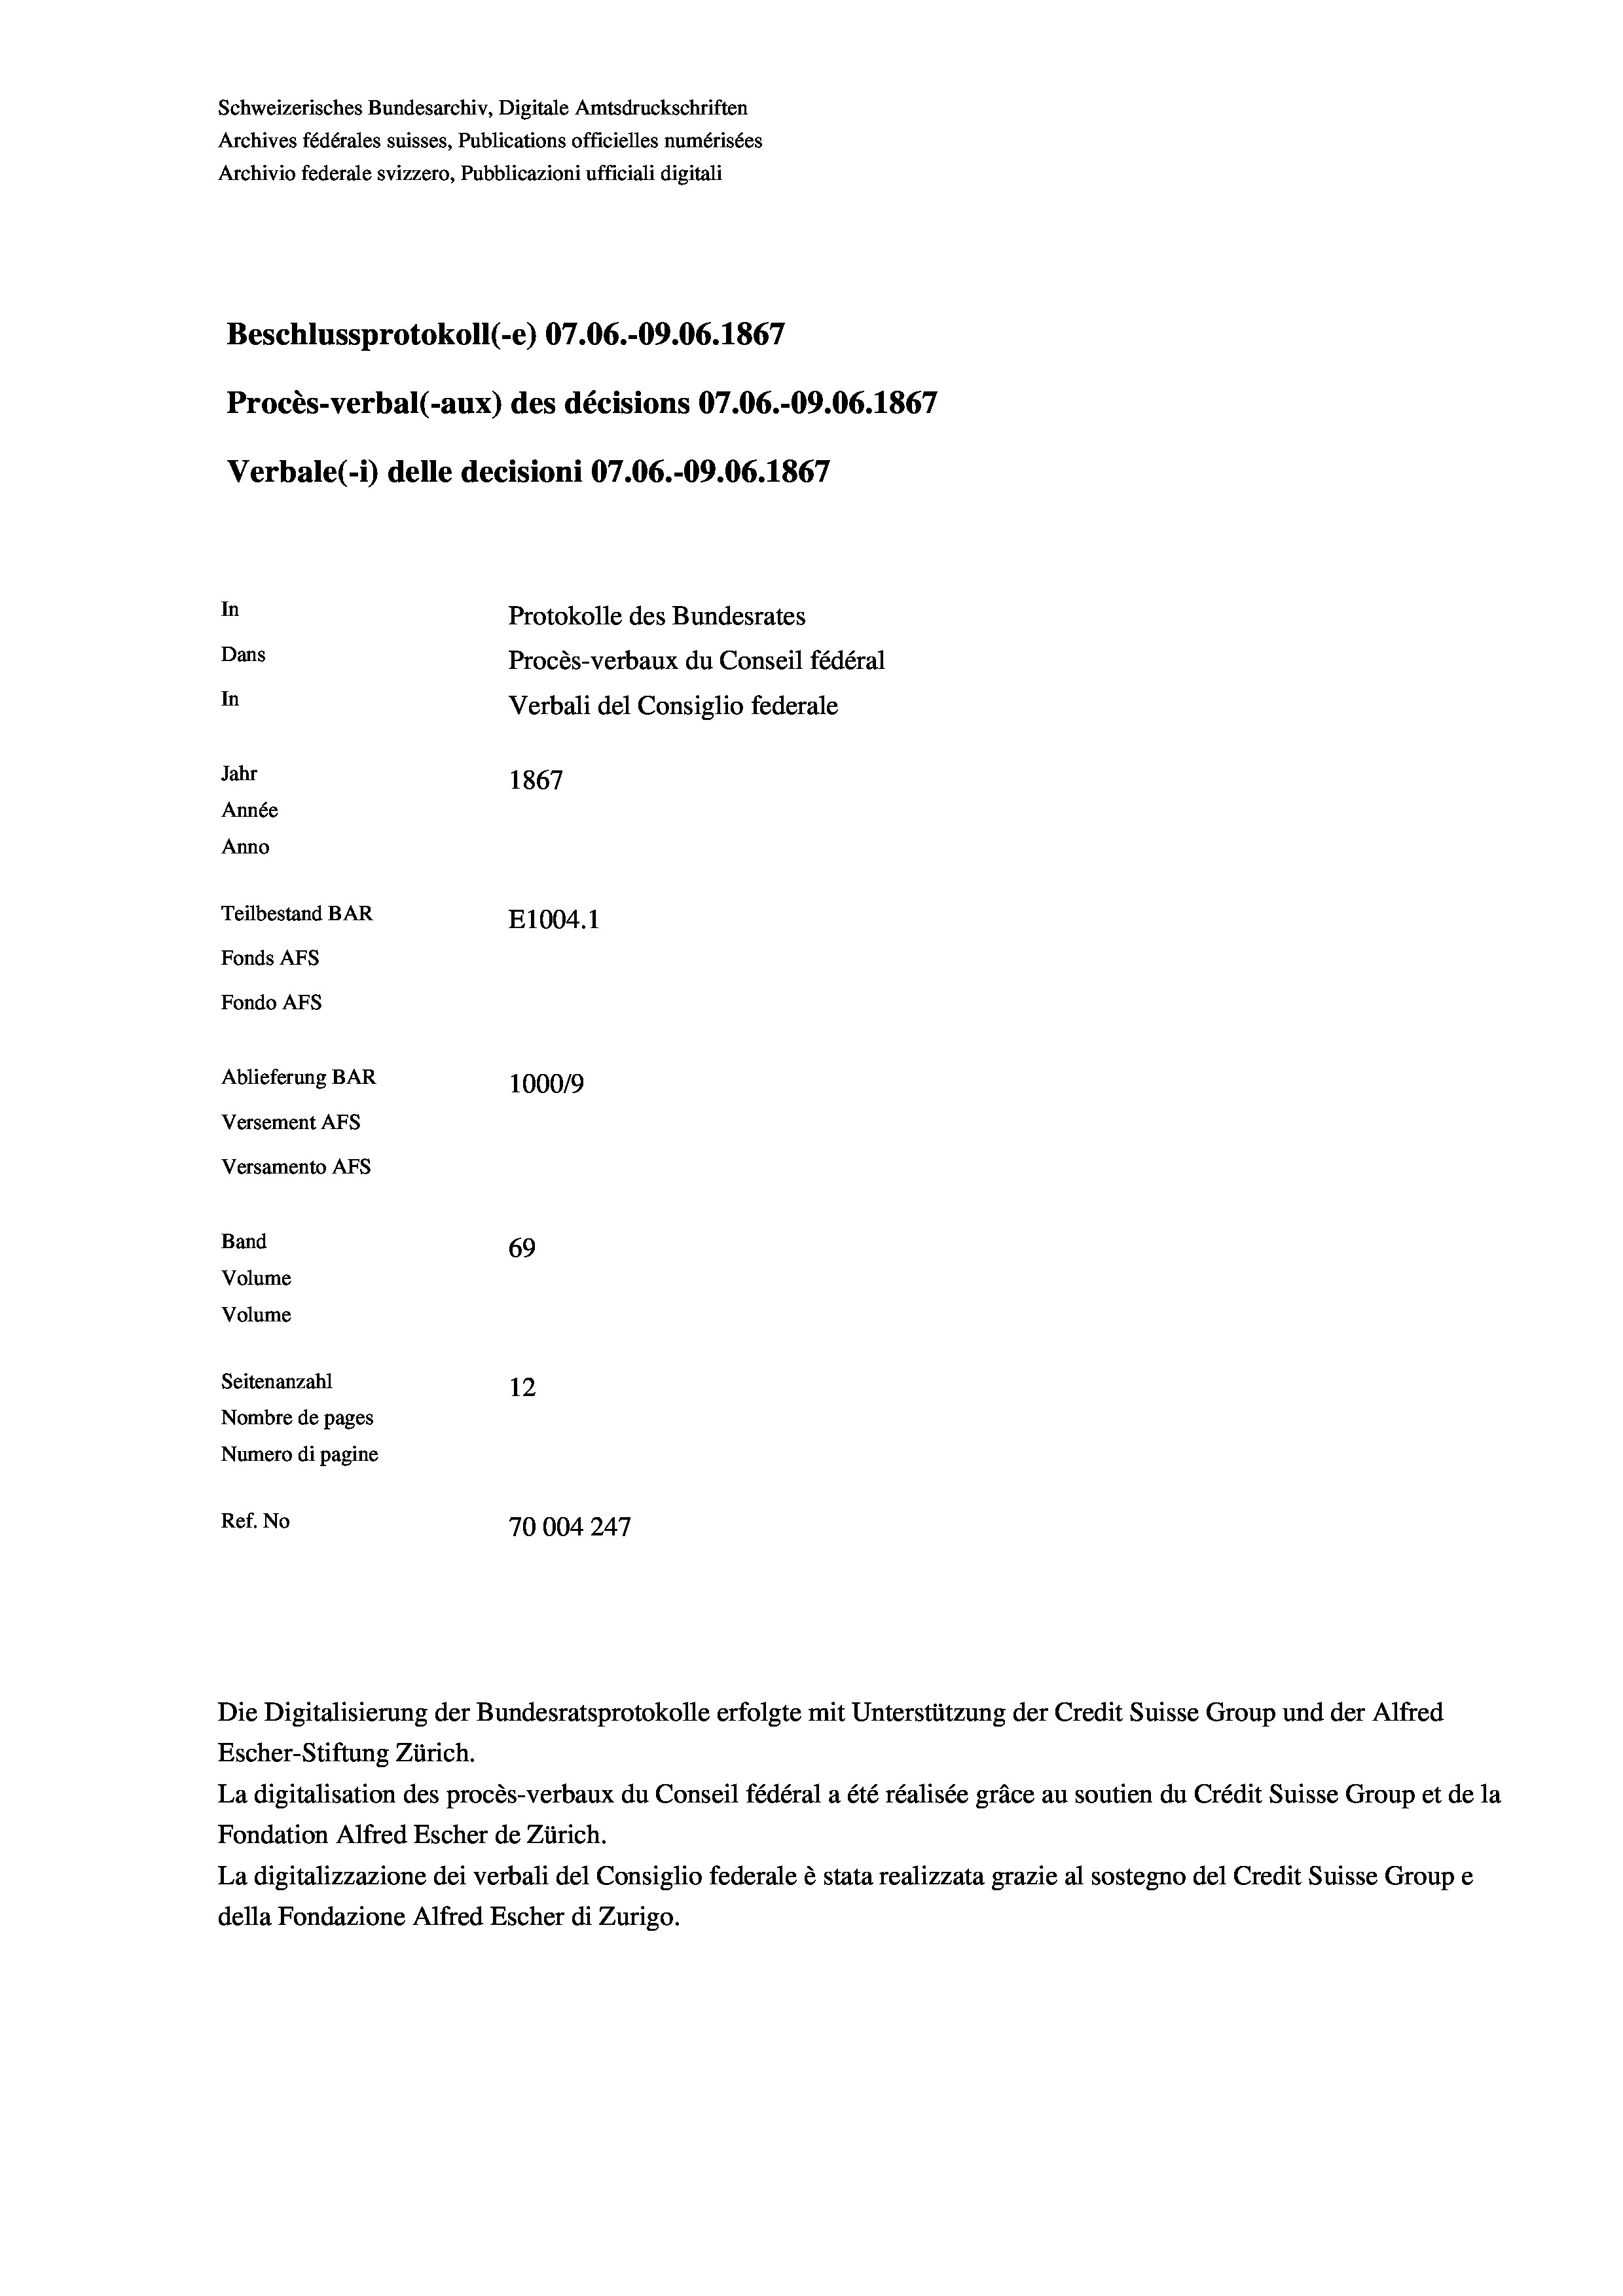
Schweizerisches Bundesarchiv, Digitale Amtsdruckschriften
Archives fédérales suisses, Publications officielles numérisées
Archivio federale svizzero, Pubblicazioni ufficiali digitali
Beschlussprotokoll (-e) 07.06.-09.06. 1867
Procès-verbal (-aux) des décisions 07.06.-09.06. 1867
Verbale(-*) delle decisioni 07.06.-09.06. 1867
In
Protokolle des Bundesrates
Dans
Procès-verbaux du Conseil fédéral
In
Verbali del Consiglio federale
Jahr
1867
Année
Anno
Teilbestand BAR
E1004.1
Fonds AFs
Fondo Afs
Ablieferung BAR
100019
Versement AFs
Versamento AFs
Band
69
Volume
Volume
Seitenanzahl
12
Nombre de pages
Numero di pagine
Ref. No
70004247

Die Digitalisierung der Bundesratsprotokolle erfolgte mit Unterstützung der Credit Suisse Group und der Alfred

Escher-Stiftung Zürich.
La digitalisation des procès-verbaux du Conseil fédéral a été réalisée gräce au soutien du Crédit Suisse Group et de la
Fondation Alfred Escher de Zürich.
La digitalizzazione dei verbali del Consiglio federale è stata realizzata grazie al sostegno del Credit Suisse Groupe
della Fondazione Alfred Escher di Zurigo.